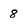
Character: 8